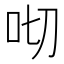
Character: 𠯦